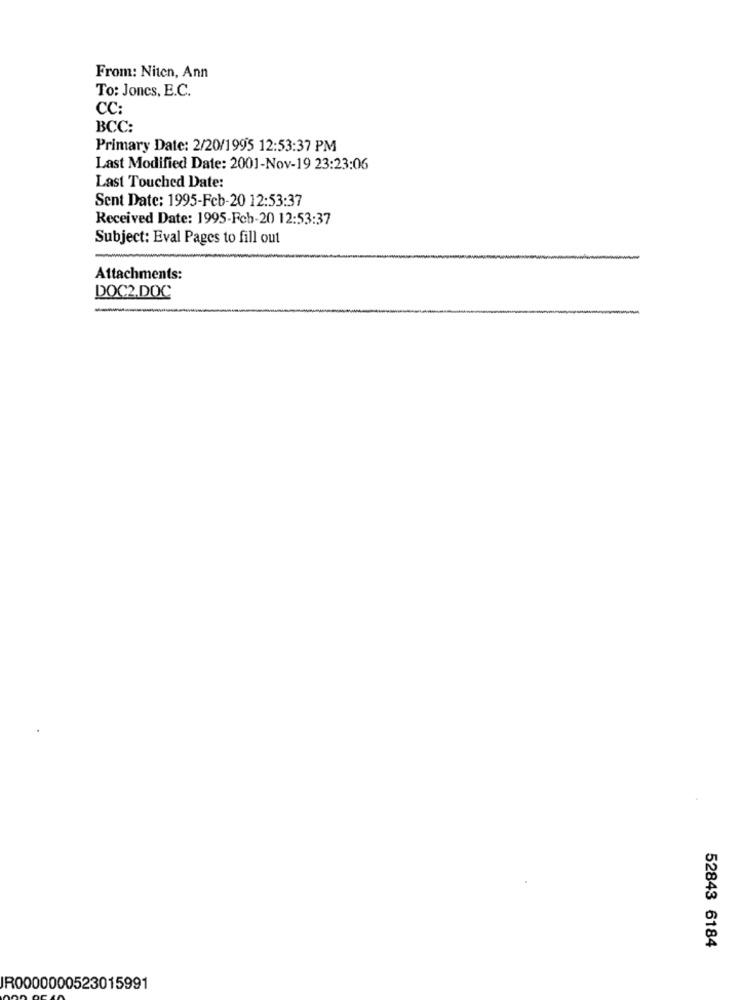
From: Niten, Ann
To: Joncs, E.C.
CC:
BCC:
Primary Date: 2/20/1995 12:53:37 PM
Last Modified Date: 2001-Nov-19 23:23:06
Last Touched Date:
Sent Date: 1995-Feb-20 12:53:37
Received Date: 1995-Feb-20 12:53:37
Subject: Eval Pages to fill out
-
Attachments:
DOC2.DOC
52843 6184
R0000000523015991